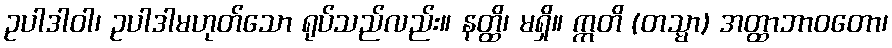
ဥပါဒါဝါ၊ ဥပါဒါမဟုတ်သော ရုပ်သည်လည်း။ နတ္ထိ၊ မရှိ။ ဣတိ (တသ္မာ) အတ္ထာဘာဝတော၊